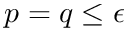
p = q \leq \epsilon